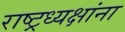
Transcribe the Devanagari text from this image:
राष्ट्रध्यक्षांना